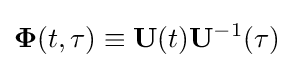
\mathbf {\Phi } (t,\tau )\equiv \mathbf {U} (t)\mathbf {U} ^{-1}(\tau )